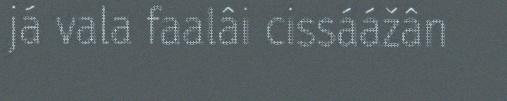
já vala faalâi cissáážân